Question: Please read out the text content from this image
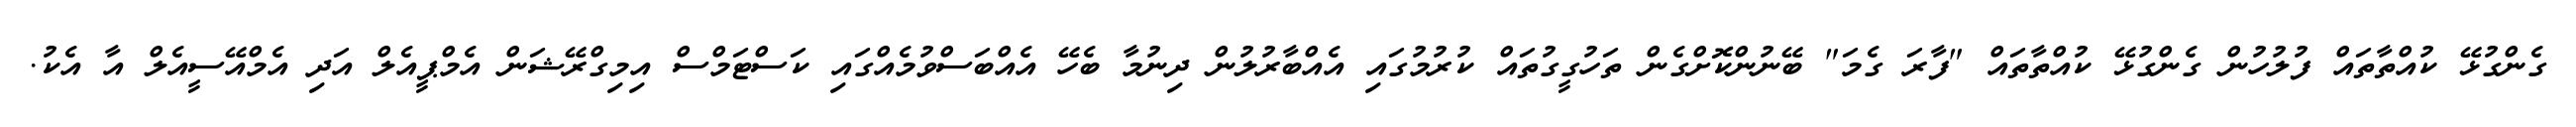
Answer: ގެންގުޅޭ ކުއްތާތައް ފުލުހުން ގެންގުޅޭ ކުއްތާތައް "ފާރަ ގެމަ" ބޭނުންކޮށްގެން ތަހުގީގުތައް ކުރުމުގައި އެއްބާރުލުން ދިނުމާ ބެހޭ އެއްބަސްވުމެއްގައި ކަސްޓަމްސް އިމިގްރޭޝަން އެމްޕީއެލް އަދި އެމްއޭސީއެލް އާ އެކު.